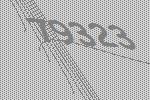
79323